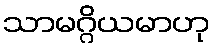
သာမဂ္ဂိယမာဟု